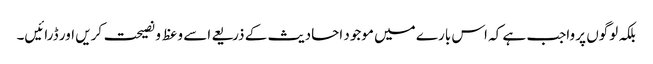
بلکہ لوگوں پر واجب ہے کہ اس بارے میں موجود احادیث کے ذریعے اسے وعظ و نصیحت کریں اور ڈرائیں۔